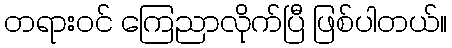
တရားဝင် ကြေညာလိုက်ပြီ ဖြစ်ပါတယ်။